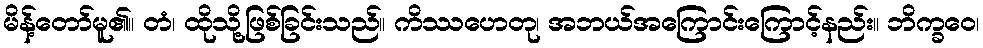
မိန့်တော်မူ၏။ တံ၊ ထိုသို့ဖြစ်ခြင်းသည်။ ကိဿဟေတု၊ အဘယ်အကြောင်းကြောင့်နည်း။ ဘိက္ခဝေ၊